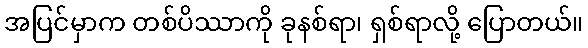
အပြင်မှာက တစ်ပိဿာကို ခုနစ်ရာ၊ ရှစ်ရာလို့ ပြောတယ်။